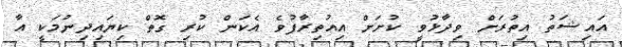
އައިޝަތު އިތުރަށް ވިދާޅުވީ ކުށަށް އިއުތިރާފުވެ އެކަން ކުރި ގޮތް ކިޔައިދިނުމަކީ އާ